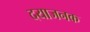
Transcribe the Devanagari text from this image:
दयाजनक